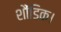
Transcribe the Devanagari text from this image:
शौंडिक।